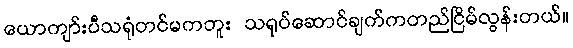
ယောကျာ်းပီသရုံတင်မကဘူး သရုပ်ဆောင်ချက်ကတည်ငြိမ်လွန်းတယ်။